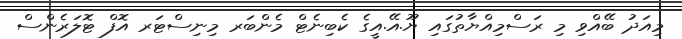
މިއަދު ބޭއްވި މި ރަސްމިއްޔާތުގައި ޔޫ.އޭ.އީގެ ކެބިނެޓް މެންބަރ މިނިސްޓަރ އޮފް ޓޮލަރެންސް